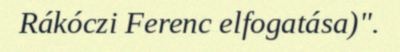
Rákóczi Ferenc elfogatása)".